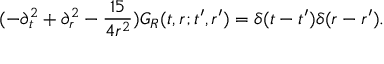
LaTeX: ( - \partial _ { t } ^ { 2 } + \partial _ { r } ^ { 2 } - \frac { 1 5 } { 4 r ^ { 2 } } ) G _ { R } ( t , r ; t ^ { \prime } , r ^ { \prime } ) = \delta ( t - t ^ { \prime } ) \delta ( r - r ^ { \prime } ) .